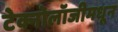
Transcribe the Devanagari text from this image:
टेक्नोलॉजीमधून